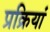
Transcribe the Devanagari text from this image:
प्रक्रियां